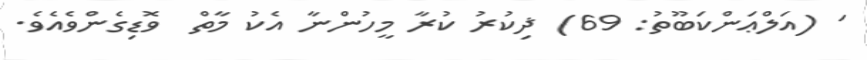
' (އަލްޢަންކަބޫތު: 69) ޛިކުރު ކުރާ މީހުންނާ އެކު މާތް  ވޮޑިގެންވެއެވެ.